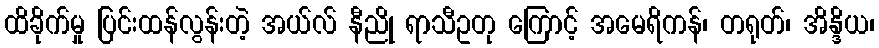
ထိခိုက်မှု ပြင်းထန်လွန်းတဲ့ အယ်လ် နီညို ရာသီဥတု ကြောင့် အမေရိကန်၊ တရုတ်၊ အိန္ဒိယ၊